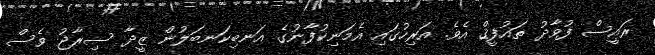
ރައީސް ފުވާދު ތައުފީޤް އެވެ. އަރިހުގައި އެމަނިކުފާނުގެ އަނބިކަނބަލުން ޒީދާ ސިރާޖު ވެސް